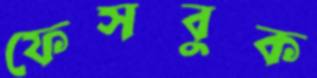
ফেসবুক